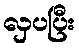
လှပပြီး